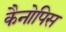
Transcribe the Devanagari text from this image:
कैनोपिस